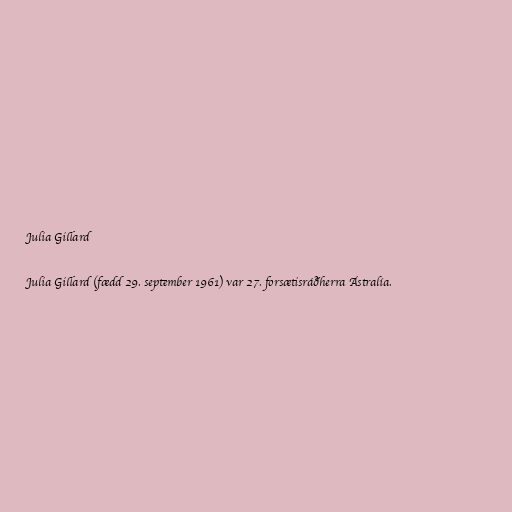
Julia Gillard

Julia Gillard (fædd 29. september 1961) var 27. forsætisráðherra Ástralía.